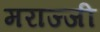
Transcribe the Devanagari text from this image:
मराज्जी